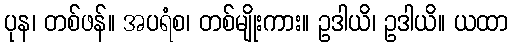
ပုန၊ တစ်ဖန်။ အပရံစ၊ တစ်မျိုးကား။ ဥဒါယိ၊ ဥဒါယိ။ ယထာ